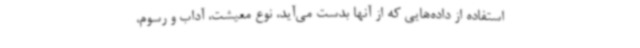
استفاده از داده‌هایی که از آنها بدست می‌آید، نوع معیشت، آداب و رسوم،